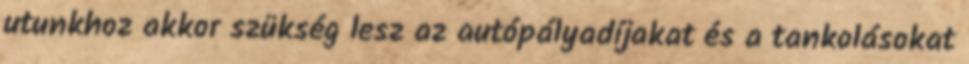
utunkhoz akkor szükség lesz az autópályadíjakat és a tankolásokat